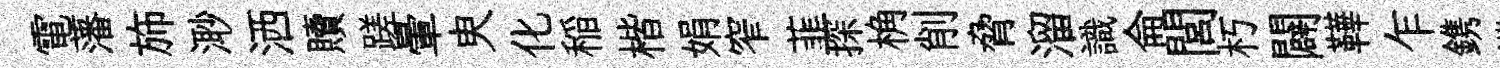
電藩斾𣺌洒贖蹉暈㬰化稲楷娟窄韮探桷削脅溜識侖閭朽闢鞾乍鎸鑠